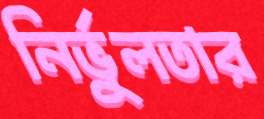
নির্ভুলতার